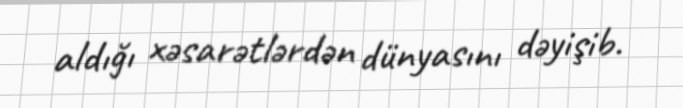
aldığı xəsarətlərdən dünyasını dəyişib.